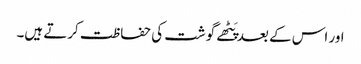
اور اس کے بعد پَٹھے گوشت کی حفاظت کرتے ہیں۔